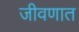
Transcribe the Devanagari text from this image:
जीवणात